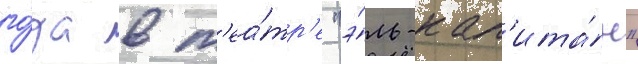
го́да в т'еа́тр'е "э́ль-кап'ита́н"